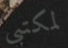
لمكتبي